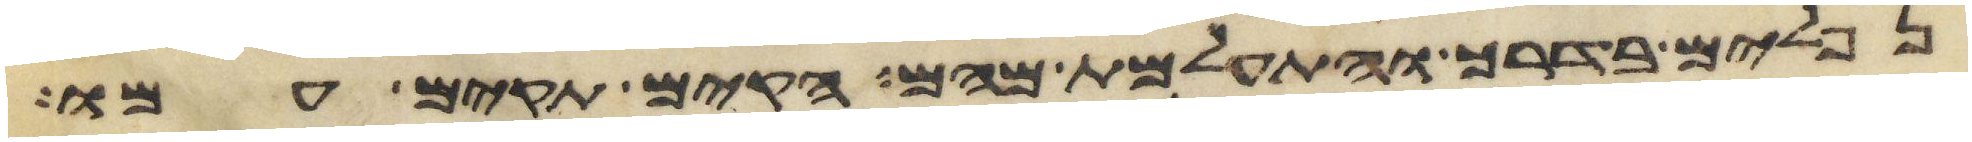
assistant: נפלים בדרך והתעלמת מהם הקם תקים עמו